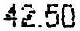
42.50